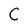
Character: C